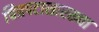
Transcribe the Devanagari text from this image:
चित्रपटासारख्या